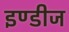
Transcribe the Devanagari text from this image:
इण्डीज